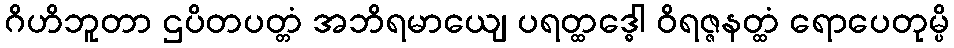
ဂိဟိဘူတာ ဌပိတပတ္တံ အဘိရမာယျေ ပရတ္ထဒ္ဓေါ ဝိရဇ္ဇနတ္ထံ ရောပေတုမ္ပိ